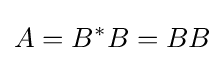
A=B^{*}B=BB